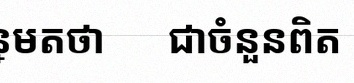
សន្មតថា x ជាចំនួនពិត